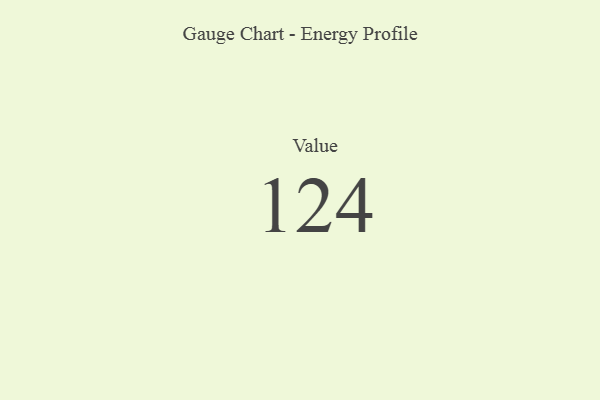
{"axis": {"x": "Metric", "y": "Value"}, "legend": [""], "data": [{"x": "Value", "y": 124, "type": ""}]}